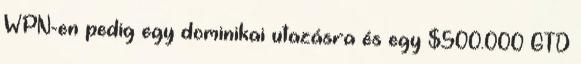
WPN-en pedig egy dominikai utazásra és egy $500.000 GTD